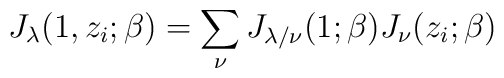
J_{\lambda}(1,z_i;\beta)=\sum_\nu J_{\lambda/\nu}(1;\beta)J_{\nu}(z_i;\beta)